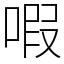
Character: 㗇